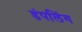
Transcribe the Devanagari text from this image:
डंपलिंग